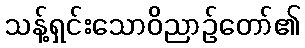
သန့်ရှင်းသောဝိညာဉ်တော်၏